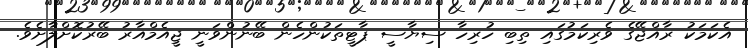
އެކަމަކު ރާއްޖޭގެ ވެރިކަމުގައި ތިބި ހުރިހާ ސިޔާސީ ޕާޓީތަކުންހެން ބޭނުންވަނީ ޖީއެމްއާރު ބޭރުކޮށްލާށެވެ.